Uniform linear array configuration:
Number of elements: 32
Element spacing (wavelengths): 0.5
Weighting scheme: hamming
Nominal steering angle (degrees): -15
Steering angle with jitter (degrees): -13.394
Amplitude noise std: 0.05
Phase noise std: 0.05

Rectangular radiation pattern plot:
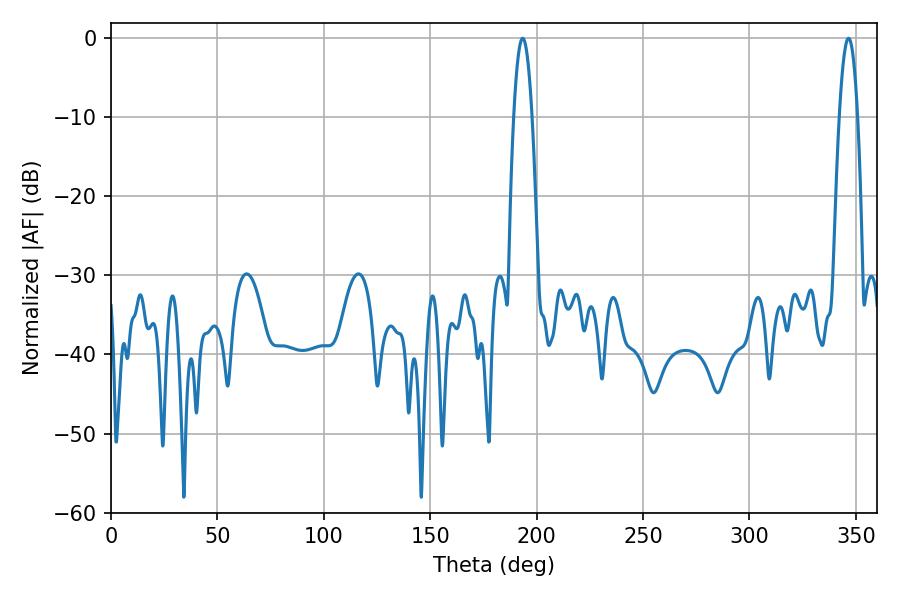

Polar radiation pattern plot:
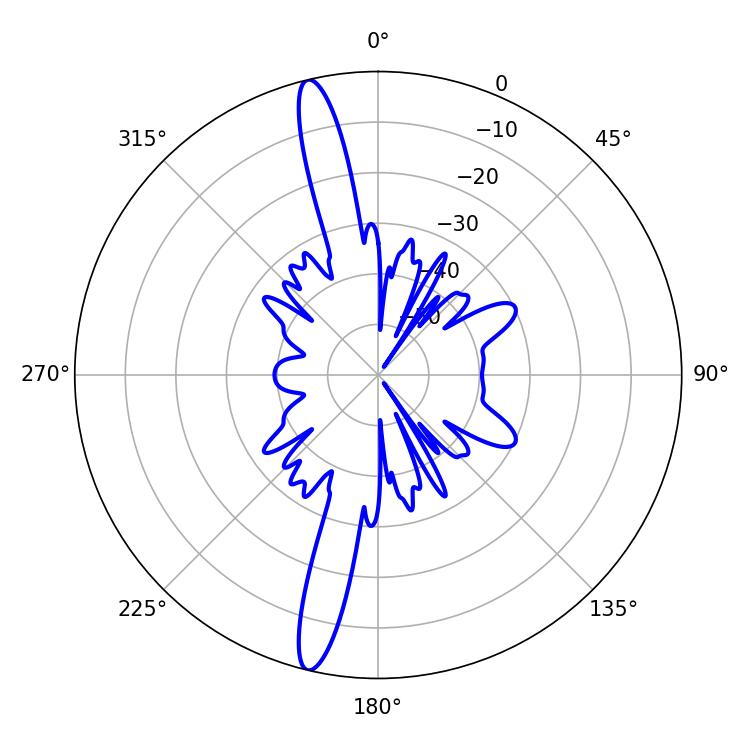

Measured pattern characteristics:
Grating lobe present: FALSE
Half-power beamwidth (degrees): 4.68
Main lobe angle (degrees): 193.5